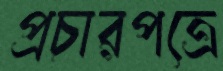
প্রচারপত্রে